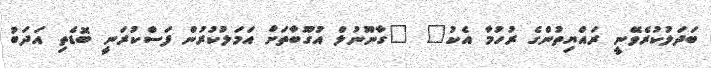
ބަދަލުކުރެވޭނީ ރައްޔިތުންގެ ރުހުމާ އެކު" "ގާނޫނުލް އުގޫބާތަށް އަމަލުކުރުން ފަސްކުރަނީ ބޮޑެތި އަދަބު